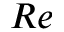
R e